Cholera in southern India
Disease focus: Cholera
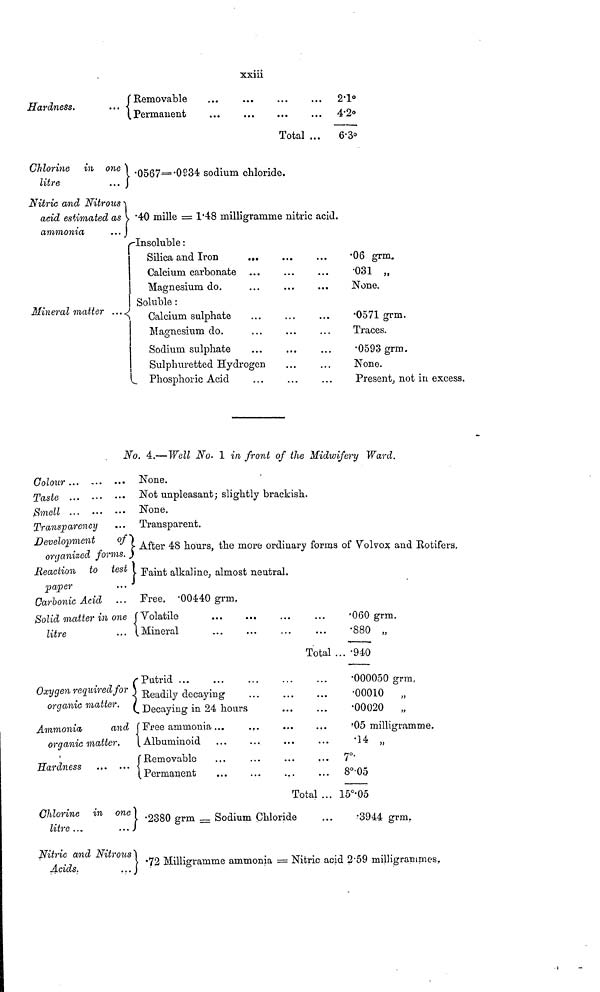
xxiii
Hardness.
Removable
Permanent
Total
...
2.1°4
.2°6
.3°C
hlorine in one
litre
...
Nitric and Nitrous
acid estimated as
ammonia
...
Mineral matter ...
.0567= .0934 sodium chloride.
.40 mille = 1.48 milligramme nitric acid.
Insoluble :
Silica and Iron
Calcium carbonate
Magnesium do.
Soluble :
Calcium sulphate
Magnesium do.
Sodium sulphate
Sulphuretted Hydrogen
Phosphoric Acid
...
...
...
...
...
...
...
...
.06 grm.
.031 „
None.
.0571 grm.
Traces.
.0593 grm.
None.
Present, not in excess.
No. 4.— Well No. 1 in front of the Midwifery Ward.
Colour
Taste
Smell
Transparency
Development
of
organized forms.
Reaction to test
paper
Carbonic Acid
Solid matter in one
litre
None.
Not unpleasant; slightly brackish
None.
Transparent.
After 48 hours, the more ordinary forms of Volvox and Rotifers.
Faint alkaline, almost neutral.
Free, .00440 grm.
Volatile
Mineral
Total
.060 grm.
.880 „
... .940
Oxygen required for
organic
matter.
Ammonia
and
organic
matter.
Hardness
Putrid
Readily decaying
Decaying in 24 hours
Free ammonia...
..
Albuminoid
Removable
Permanent
.
...
...
...
Total ...
.000050 grm.
.00010 „
.00020 „
. 05 milligramme.
7°.
8°.05
15°.05
Chlorine in one
litre ...
...
Nitric and Nitrous
Acids.
...
.2380 grm = Sodium Chloride
... .3944 grm.
.72 Milligramme ammonia = Nitric acid 2.59 milligrammes.